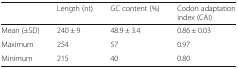
|  | Length (nt) | GC content (%) | Codon adaptation index (CAI) |
 | --- | --- | --- | --- |
 | Mean (±SD) | 240 ± 9 | 48.9 ± 3.4 | 0.86 ± 0.03 |
 | Maximum | 254 | 57 | 0.97 |
 | Minimum | 215 | 40 | 0.80 |